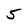
Character: 5